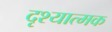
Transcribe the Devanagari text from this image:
दृश्‍यात्मक